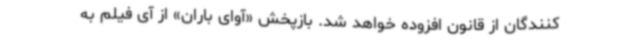
کنندگان از قانون افزوده خواهد شد. بازپخش «آوای باران» از آی فیلم به‌